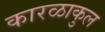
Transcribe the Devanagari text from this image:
कारळाकुल